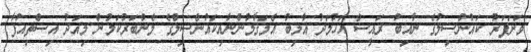
ވަށަފަރު ކައުންސިލުގެ ނާއިބު ރައީސް އަހުމަދު ޣާލިބު އެމަޤާމުންނާއިކައުންސިލްގެ މެންބަރުކަމުން މިއަދު އިސްތިއުފާ